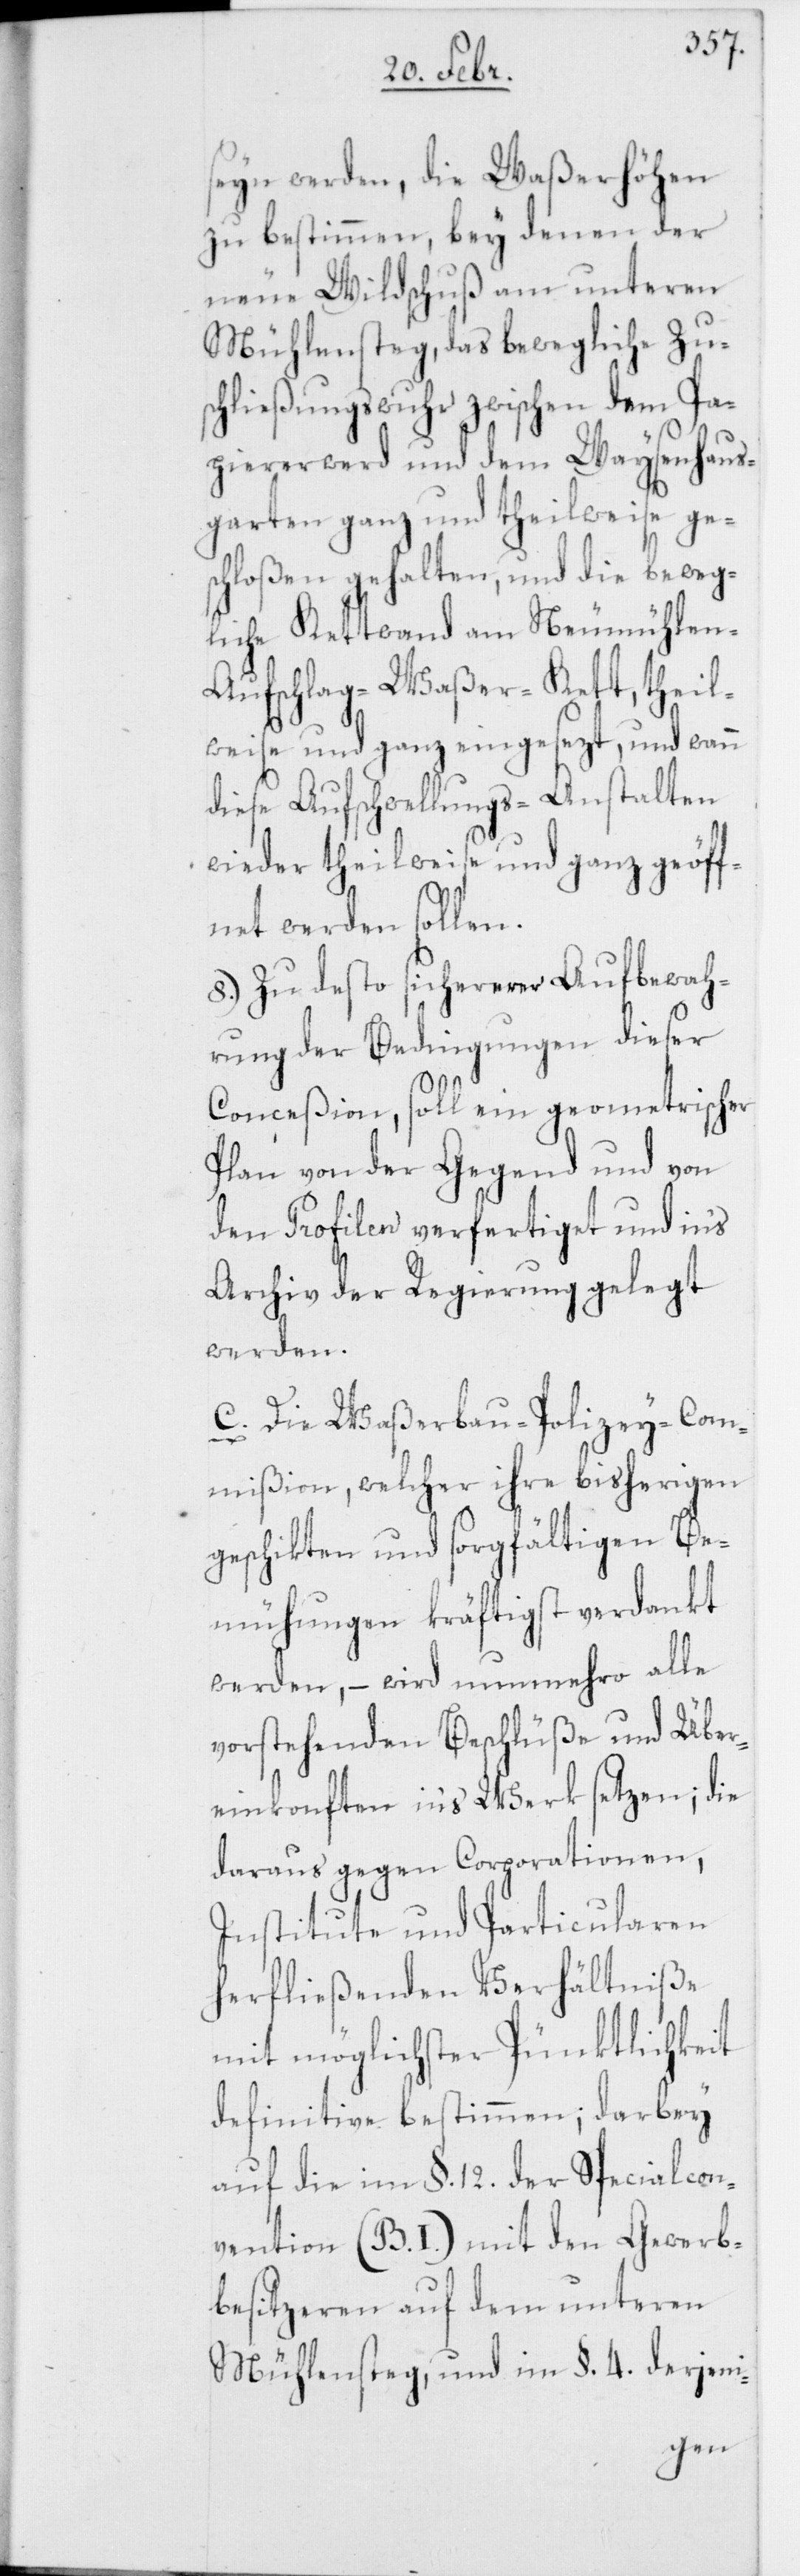
seyn werden, die Waßerhöhen
zu bestimmen, bey denen der
neue Wildschuß am unteren
Mühlensteg, das bewegliche Zu¬
schließungswuhr zwischen dem Pa¬
piererwerd und dem Waysenhaus¬
garten ganz und theilweise ges¬
chloßen gehalten, und die beweg¬
liche Kettwand am Neumühle¬
n-Aufschlag-Waßer-Kett, theil¬
weise und ganz eingesezt, und wann
diese Aufschwellungs-Anstalten
wieder theilweise und ganz geöff¬
net werden sollen.
8.) Zu desto sicherer Aufbewah¬
rung der Bedingungen dieser
Conceßion, soll ein geometrischer
Plan von der Gegend und von
den Profilen verfertiget und in’s
Archiv der Regierung gelegt
werden.
C. Die Waßerbau-Polizey-Com¬
mißion, welcher ihre bisherigen
geschikten und sorgfältigen Be¬
mühungen kräftigst verdankt
werden, – wird nunmehro alle
vorstehenden Beschlüße und Über¬
einkonften in’s Werk setzen; die
daraus gegen Corporationen,
Institute und Particularen
herfließenden Verhältniße
mit möglichster Pünktlichkeit
definitive bestimmen; darbey
auf die im §. 12. der Specialcon¬
vention (B. I.) mit den Gewerb¬
besitzeren auf dem unteren
Mühlensteg, und im §. 4. derjeni-